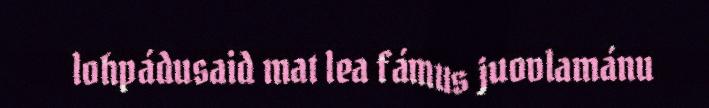
lohpádusaid mat lea fámus juovlamánu